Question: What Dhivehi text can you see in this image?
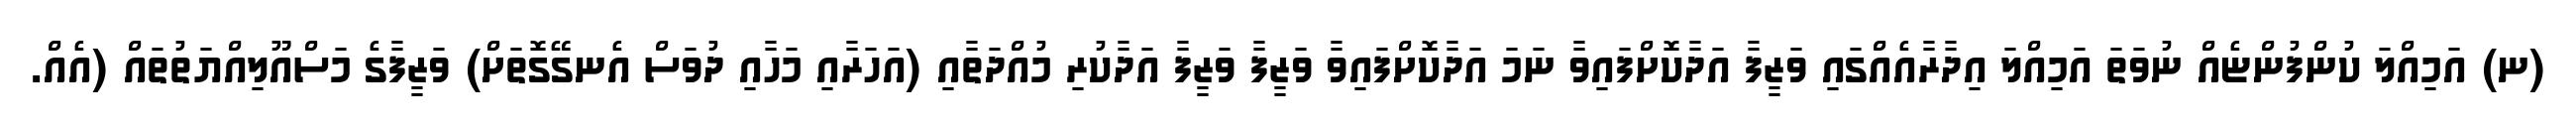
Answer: (ނ) އަމިއްލަ ކުންފުންޏެއް ނުވަތަ އަމިއްލަ އިދާރާއެއްގައި ވަޒީފާ އަދާކޮށްފައިވާ ނަމަ އަދާކޮށްފައިވާ ވަޒީފާ ވަޒީފާ އަދާކުރި މުއްދަތާއި (އަހަރާއި މަހާއި ދުވަސް އެނގޭގޮތަށް) ވަޒީފާގެ މަސްއޫލިއްޔަތުތައް (އެއް.